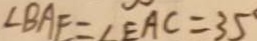
\angle B A F = \angle E A C = 3 5